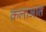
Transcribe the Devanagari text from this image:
क़लाआत